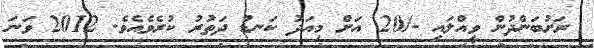
ރަށުބަންދުން ވީއްލައި -/20 އަށް މިއަދު ކަނޑު ދަތުރު ކުރެވެއެވެ. 2012 ވަނަ